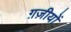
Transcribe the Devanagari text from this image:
ग़ज़ीयों